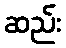
ဆည်း